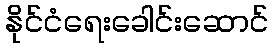
နိုင်ငံရေးခေါင်းဆောင်